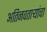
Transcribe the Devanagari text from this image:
अतिनवताऱ्यांचा